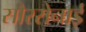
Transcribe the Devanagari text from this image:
सौरसेनाई